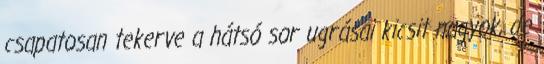
csapatosan tekerve a hátsó sor ugrásai kicsit nagyok, de